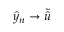
\boldsymbol { \hat { y } _ { n } } \rightarrow \boldsymbol { \tilde { \hat { u } } }